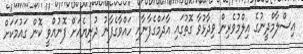
އިސްލާމްދީނުގެ އިލްމުވެރިން ވިދާޅުވާ ގޮތުގައި އާދަމްގެފާނާއި ހައްވާގެފާނު ދުނިޔެއަށް ފޮނުއްވީ ކޮން ގައުމަކަށް